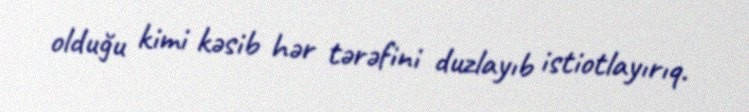
olduğu kimi kəsib hər tərəfini duzlayıb istiotlayırıq.